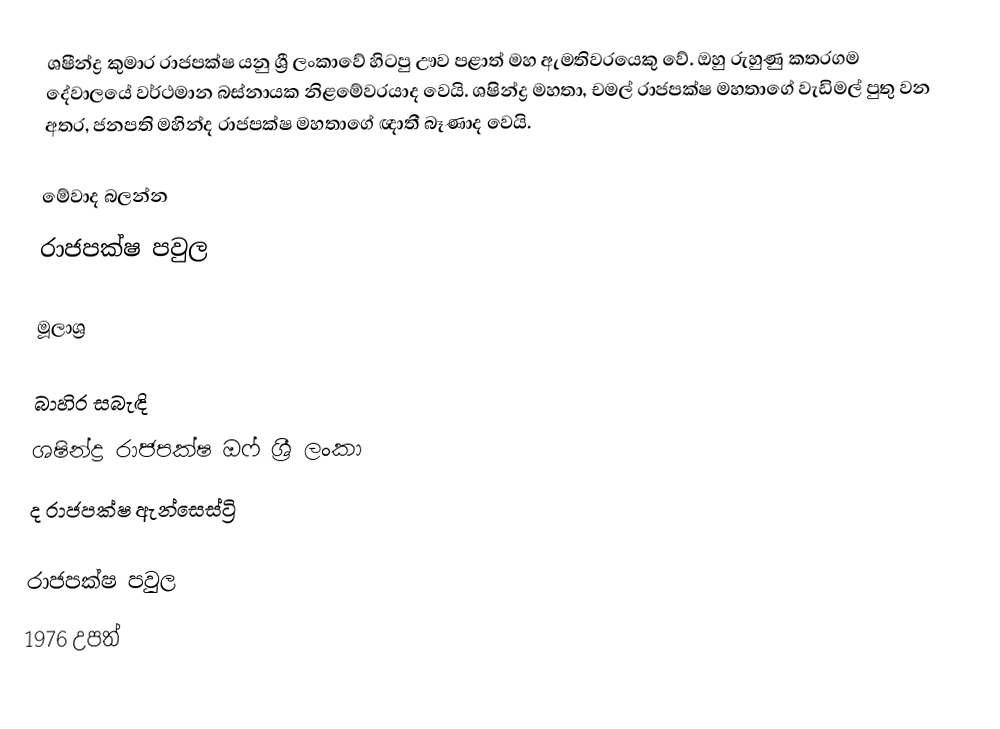
ශෂීන්ද්‍ර කුමාර රාජපක්ෂ යනු ශ්‍රී ලංකාවේ හිටපු ඌව පළාත් මහ ඇමතිවරයෙකු වේ. ඔහු රුහුණු කතරගම දේවාලයේ වර්ථමාන බස්නායක නිළමේවරයාද වෙයි. ශෂින්ද්‍ර මහතා, චමල් රාජපක්ෂ මහතාගේ වැඩිමල් පුතු වන අතර, ජනපති මහින්ද රාජපක්ෂ මහතාගේ ඥාතී බෑණාද වෙයි.

මේවාද බලන්න
 රාජපක්ෂ පවුල

මූලාශ්‍ර

බාහිර සබැඳි
ශෂින්ද්‍ර රාජපක්ෂ ඔෆ් ශ්‍රී ලංකා
ද රාජපක්ෂ ඇන්සෙස්ට්‍රි

රාජපක්ෂ පවුල
1976 උපත්